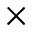
\times